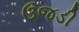
ઉજડી